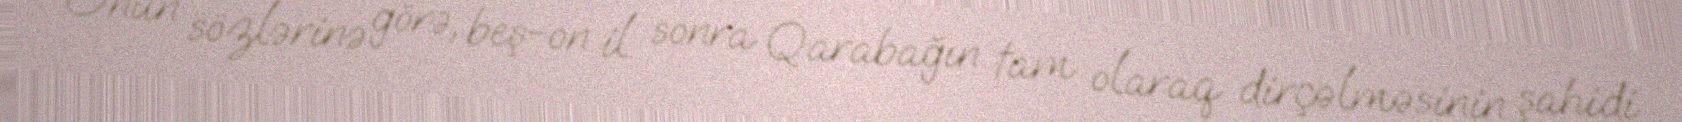
Onun sözlərinə görə, beş-on il sonra Qarabağın tam olaraq dirçəlməsinin şahidi